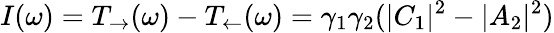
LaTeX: I(\omega)=T_{\rightarrow}(\omega)-T_{\leftarrow}(\omega)=\gamma_{1}\gamma_{2}(|C_{1}|^{2}-|A_{2}|^{2})